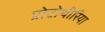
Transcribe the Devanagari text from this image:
प्रोटोथीरिया